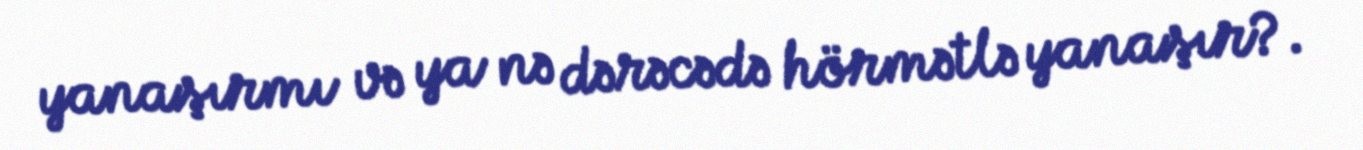
yanaşırmı və ya nə dərəcədə hörmətlə yanaşır?.